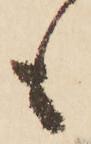
も